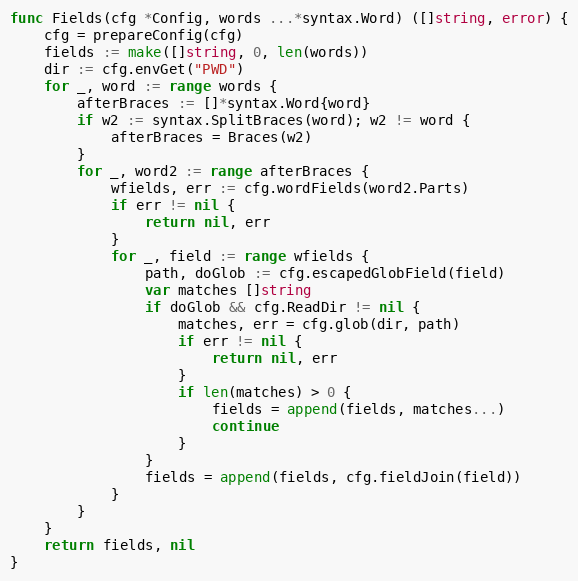
Language: Go
func Fields(cfg *Config, words ...*syntax.Word) ([]string, error) {
	cfg = prepareConfig(cfg)
	fields := make([]string, 0, len(words))
	dir := cfg.envGet("PWD")
	for _, word := range words {
		afterBraces := []*syntax.Word{word}
		if w2 := syntax.SplitBraces(word); w2 != word {
			afterBraces = Braces(w2)
		}
		for _, word2 := range afterBraces {
			wfields, err := cfg.wordFields(word2.Parts)
			if err != nil {
				return nil, err
			}
			for _, field := range wfields {
				path, doGlob := cfg.escapedGlobField(field)
				var matches []string
				if doGlob && cfg.ReadDir != nil {
					matches, err = cfg.glob(dir, path)
					if err != nil {
						return nil, err
					}
					if len(matches) > 0 {
						fields = append(fields, matches...)
						continue
					}
				}
				fields = append(fields, cfg.fieldJoin(field))
			}
		}
	}
	return fields, nil
}